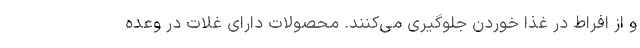
و از افراط در غذا خوردن جلوگیری می‌کنند. محصولات دارای غلات در وعده